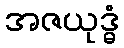
အဇယုဒ္ဓံ